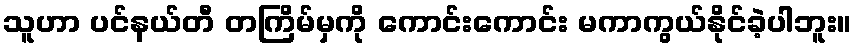
သူဟာ ပင်နယ်တီ တကြိမ်မှကို ကောင်းကောင်း မကာကွယ်နိုင်ခဲ့ပါဘူး။